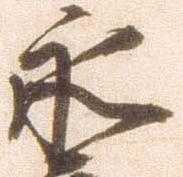
永